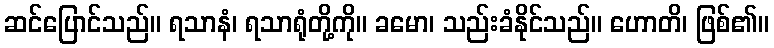
ဆင်ပြောင်သည်။ ရသာနံ၊ ရသာရုံတို့ကို။ ခမော၊ သည်းခံနိုင်သည်။ ဟောတိ၊ ဖြစ်၏။